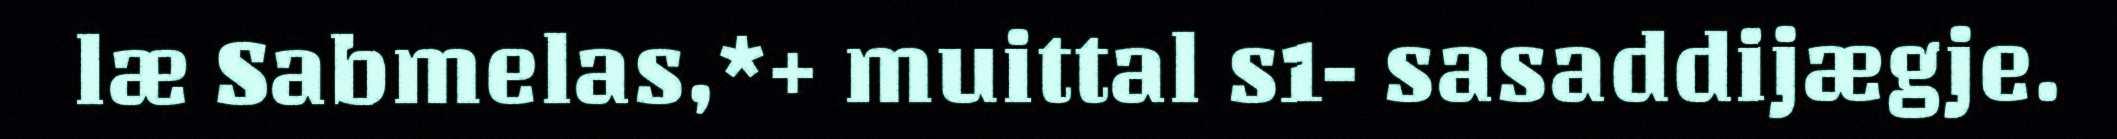
læ Sabmelas,*+ muittal s1- sasaddijægje.